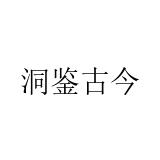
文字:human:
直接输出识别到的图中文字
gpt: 洞鉴古今